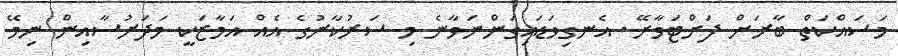
މަސައްކަތް ބާރަށް ފަށްޓަވާށޭ. އެނގިވަޑައިގަންނަވާނެ މި ސަރުކާރުގެ އެއް އަމާޒަކީ މަދަރުސާއިން ނިމޭ